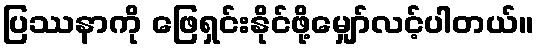
ပြဿနာကို ဖြေရှင်းနိုင်ဖို့မျှော်လင့်ပါတယ်။